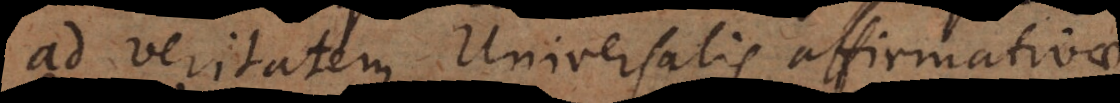
ad veritatem Universalis affirmativae